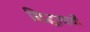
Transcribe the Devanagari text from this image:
सिद्धाचार्यों